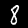
Digit: 8